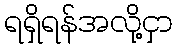
ရရှိရန်အလို့ငှာ